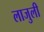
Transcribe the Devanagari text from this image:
लाजुली